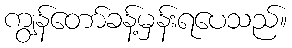
ကျွန်တော်ခန့်မှန်းရပေသည်။